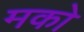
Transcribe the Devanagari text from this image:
मको